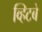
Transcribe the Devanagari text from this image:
व्हिटबे